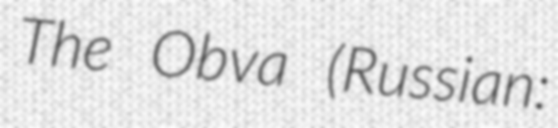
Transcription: The Obva (Russian: